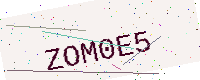
Text: ZOM0E5